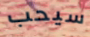
سيحب